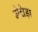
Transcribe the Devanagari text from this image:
मेचेड़ा